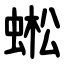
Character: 蜙